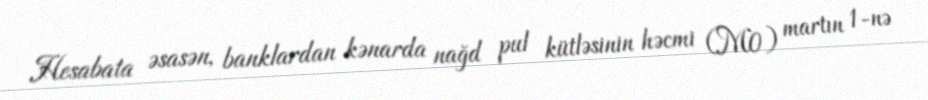
Hesabata əsasən, banklardan kənarda nağd pul kütləsinin həcmi (M0) martın 1-nə